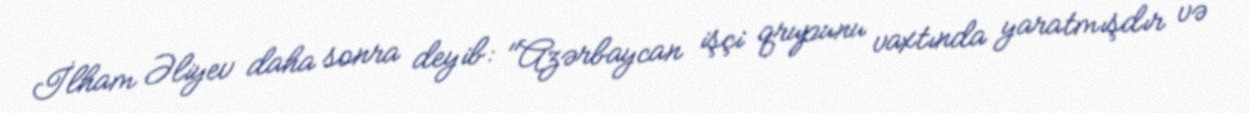
İlham Əliyev daha sonra deyib: "Azərbaycan işçi qrupunu vaxtında yaratmışdır və